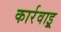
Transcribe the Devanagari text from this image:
कार्रवाइ्र्र